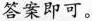
答案即可。